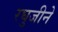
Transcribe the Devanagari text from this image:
रघुजीने